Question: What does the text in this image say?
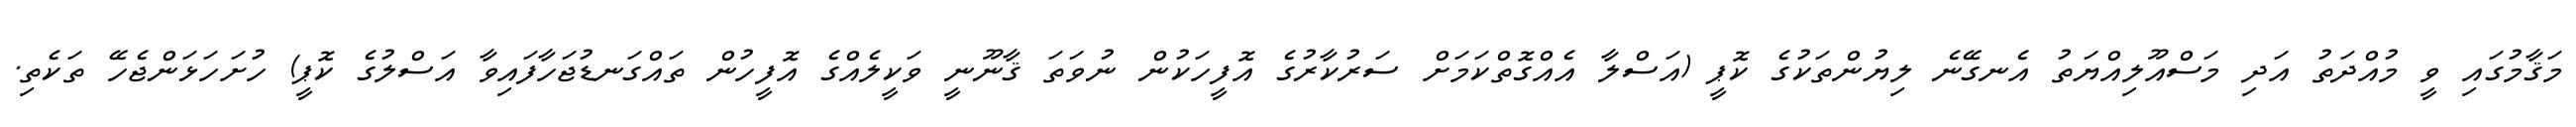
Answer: މަޤާމުގައި ވީ މުއްދަތު އަދި މަސްއޫލިއްޔަތު އެނގޭނެ ލިޔުންތަކުގެ ކޮޕީ (އަސްލާ އެއްގޮތްކަމަށް ސަރުކާރުގެ އޮފީހަކުން ނުވަތަ ޤާނޫނީ ވަކީލެއްގެ އޮފީހުން ތައްގަނޑުޖަހާފައިވާ އަސްލުގެ ކޮޕީ) ހުށަހަޅަންޖެހޭ ތަކެތި.